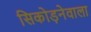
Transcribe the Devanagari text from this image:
सिकोड़नेवाला